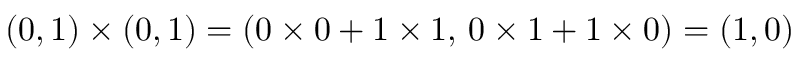
( 0 , 1 ) \times ( 0 , 1 ) = ( 0 \times 0 + 1 \times 1 , \, 0 \times 1 + 1 \times 0 ) = ( 1 , 0 )